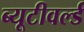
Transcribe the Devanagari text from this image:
ब्यूटीवर्ल्ड